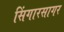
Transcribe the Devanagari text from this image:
सिंगारसागर